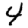
Digit: 4